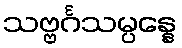
သဗ္ဗင်္ဂသမ္ပန္နေ